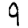
Digit: 9